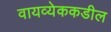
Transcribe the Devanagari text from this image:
वायव्येककडील